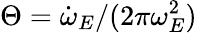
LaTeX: \Theta=\dot{\omega}_{E}/(2\pi\omega_{E}^{2})